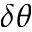
\delta \theta